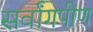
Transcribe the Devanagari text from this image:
सर्वांगपीण